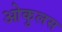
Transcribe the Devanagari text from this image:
ओकुलस